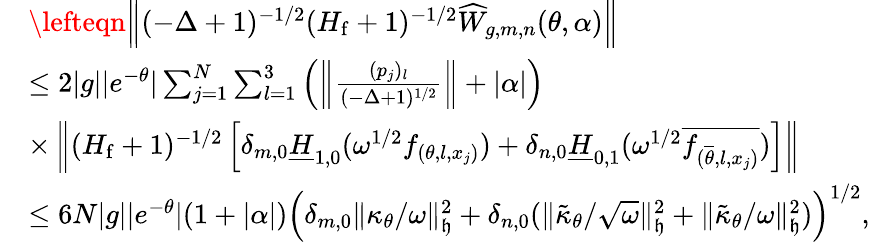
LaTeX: \begin{array}{rl}&{\lefteqn{\left\| (-\Delta+1)^{-1/2}(H_{\mathrm{f}}+1)^{-1/2}\widehat{W}_{g,m,n}({\theta,\alpha})\right\| }}\\ &{\leq 2|g||e^{-\theta}|\sum_{j=1}^{N}\sum_{l=1}^{3}\left(\left\| \frac{(p_{j})_{l}}{(-\Delta+1)^{1/2}}\right\| +|\alpha|\right)}\\ &{\times\left\| (H_{\mathrm{f}}+1)^{-1/2}\left[\delta_{m,0}\underline{{H}}_{1,0}(\omega^{1/2}f_{(\theta,l,x_{j})})+\delta_{n,0}\underline{{H}}_{0,1}(\omega^{1/2}\overline{{f_{(\overline{{\theta}},l,x_{j})}}})\right]\right\| }\\ &{\leq 6N|g||e^{-\theta}|(1+|\alpha|)\left(\delta_{m,0}\| \kappa_{\theta}/\omega\| _{\mathfrak{h}}^{2}+\delta_{n,0}(\| \tilde{\kappa}_{{\theta}}/\sqrt{\omega}\| _{\mathfrak{h}}^{2}+\| \tilde{\kappa}_{{\theta}}/\omega\| _{\mathfrak{h}}^{2})\right)^{1/2},}\end{array}